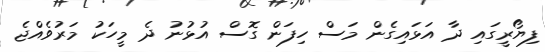
ފިޔޯރީގައި ދާ އަޅައިގެން މަސް ހިފަން ގޮސް އުޅުނު ދެ މީހަކު މަރުވެއްޖެ